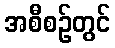
အစီစဉ်တွင်